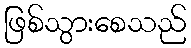
ဖြစ်သွားစေသည်